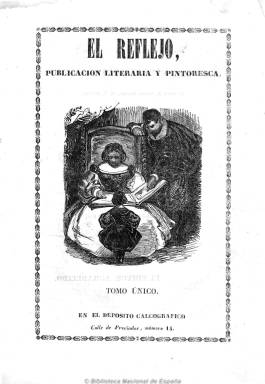
Título: El Reflejo (Madrid)
Colección: Semanarios de amenidades
Ámbito geográfico: Madrid
Lugar de publicación: Madrid
Fechas: 01/12/1842-06/07/1843

Subtitulado como “revista semanal” (salía los jueves), es una publicación literaria que, en cierto modo, es como continuación de la que con el mismo carácter y con el título de La mariposa (1839-1842) había publicado Gregorio Romero Larrañaga, que tendrá también en esta un papel preponderante. En este caso será dirigida por Francisco Sales Mayo, un escritor modesto que fue conocido por sus trabajaos folclóricos sobre el lenguaje de los gitanos. En su número tres indicará que se refunde con ella El arca del creyente (1842), aunque ninguno de los colaboradores de esta llegará a publicar ni una línea en El reflejo que, por otra parte, se caracterizará por una orientación religiosa mucho menos intensa que El arca…

En números de ocho páginas y a dos columnas, publica artículos en los que describe las costumbres y tipos populares madrileños, así como sus monumentos, ensayos poéticos, traducciones de poesías extranjeras famosas y además una sección, bajo el epígrafe “Libro de memorias”, con noticias literarias y artísticas, críticas teatrales, curiosidades y anécdotas.

Además del ya citado Romero Larrañaga, aparecen las firmas de un buen número de los literatos de la época, entre los que se encuentran un joven Pedro Luis Gallego, Francisco Cea o Amelia Corradi, y en la misma fueron comentados poemas de Zorrilla, Bretón o García Gutiérrez.

Además de incluir algunos grabados, distribuyó mensualmente láminas en cobre o en acero bajo la denominación de “Álbum de El reflejo”. Edita un total de 26 números, desde el 5 de enero al 6 de julio de 1843, desapareciendo a causa de los acontecimientos políticos que se suceden con el fin de la regencia de Espartero. Simón Díaz publicó el índice de esta revista en 1947.